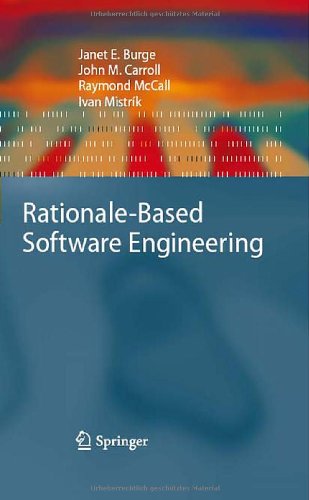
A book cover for Rationale-Based Software Engineering; Janet E. Burge; Computers & Technology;